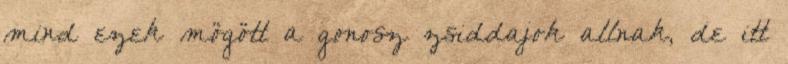
mind ezek mögött a gonosz zsiddajok allnak, de itt